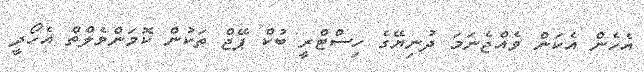
އެހެން އެކަން ވެއްޖެނަމަ ދުނިޔޭގެ ހިސްޓްރީ ބުކް ޕޭޖް ތަކުން ކޮމަންވެލްތް އެހޯދީ